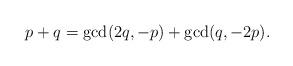
LaTeX: \begin{align*}p+q=\gcd(2q,-p)+\gcd(q,-2p).\end{align*}